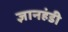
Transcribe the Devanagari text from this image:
ज्ञानहंडी